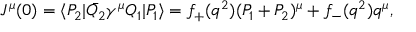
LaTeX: { } J ^ { \mu } ( 0 ) = \langle P _ { 2 } | \bar { Q _ { 2 } } \gamma ^ { \mu } Q _ { 1 } | P _ { 1 } \rangle = f _ { + } ( q ^ { 2 } ) ( P _ { 1 } + P _ { 2 } ) ^ { \mu } + f _ { - } ( q ^ { 2 } ) q ^ { \mu } ,